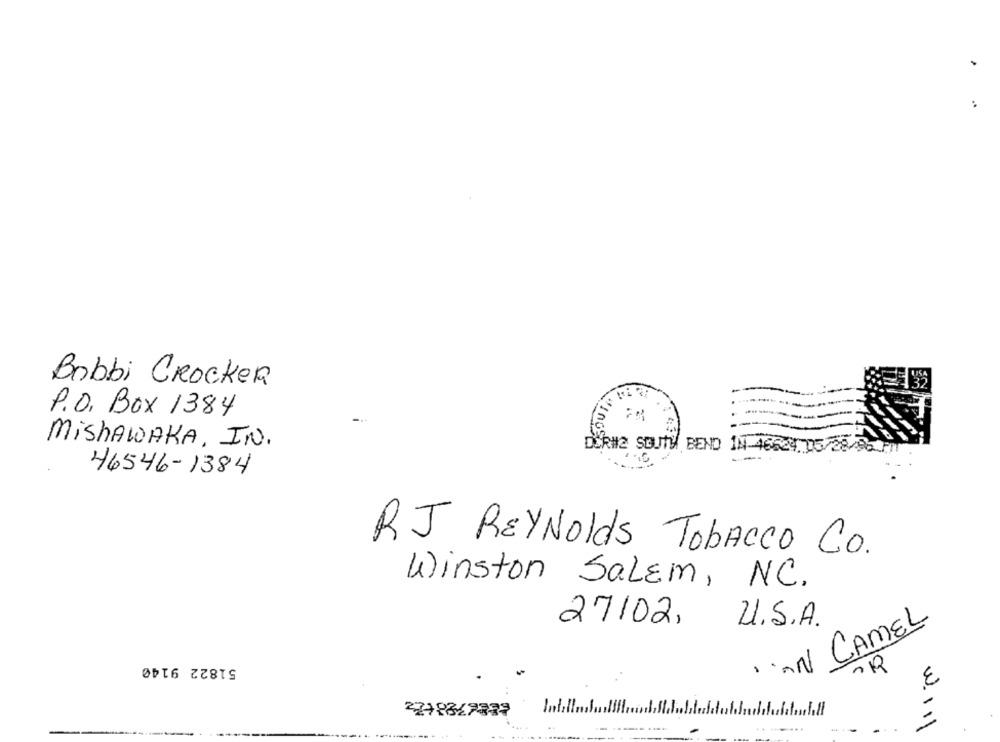
Bobbi Crocker
P.O. Box 1384
MISHAWAKA, IN.
DUR#2 SOUTH BEND IN-46624.05/28/8
46546-1384
RJ REYNolds Tobacco Co.
Winston Salem, NC.
27102, U.S.A.
CAMEL
51822 9140
14
Intil
1.11
2218827833
w.11\